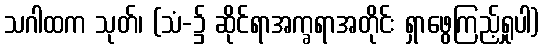
သဂါထက သုတ်၊ (သံ-၌ ဆိုင်ရာအက္ခရာအတိုင်း ရှာဖွေကြည့်ရှုပါ)